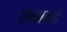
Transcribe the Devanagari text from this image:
शनावाद